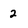
Character: 2